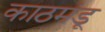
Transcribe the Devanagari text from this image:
काठमंडू